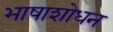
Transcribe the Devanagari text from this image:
भाषाशोधन